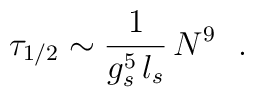
\tau_{1/2} \sim {1\over g_s^5 \, l_s}\, N^9 ~~.